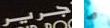
جرير ما